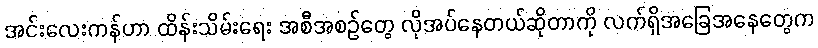
အင်းလေးကန်ဟာ ထိန်းသိမ်းရေး အစီအစဉ်တွေ လိုအပ်နေတယ်ဆိုတာကို လက်ရှိအခြေအနေတွေက